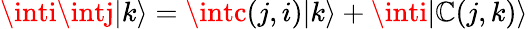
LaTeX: \inti\intj|k\rangle=\intc(j,i)|k\rangle+\inti|\mathbb{C}(j,k)\rangle